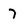
Character: 7